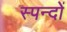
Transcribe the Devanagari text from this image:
स्पन्दों